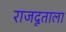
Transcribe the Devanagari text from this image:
राजदूताला